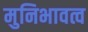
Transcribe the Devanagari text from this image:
मुनिभावत्व